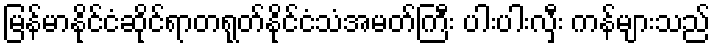
မြန်မာနိုင်ငံဆိုင်ရာတရုတ်နိုင်ငံသံအမတ်ကြီး ပါးပါးလှီး ကန်များသည်